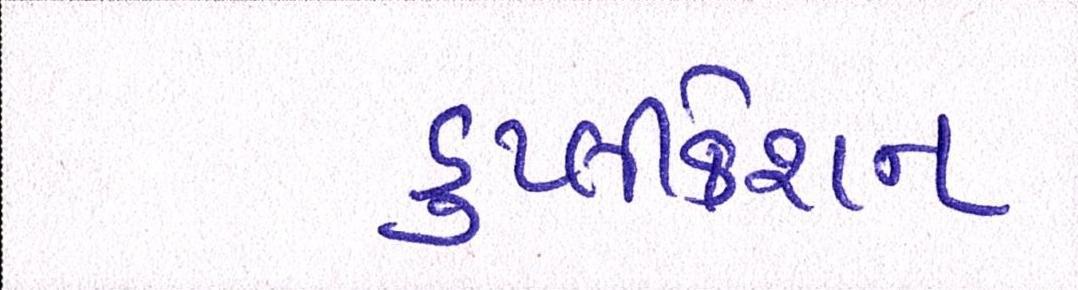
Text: ડુપ્લીકેશન